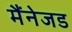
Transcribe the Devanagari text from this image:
मैंनेजड